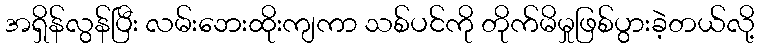
အရှိန်လွန်ပြီး လမ်းဘေးထိုးကျကာ သစ်ပင်ကို တိုက်မိမှုဖြစ်ပွားခဲ့တယ်လို့